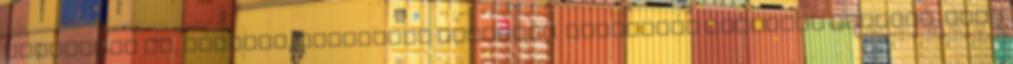
miszerint mi, kínaiak, szeretünk dolgozni. Valójában ugyanúgy utálunk, mint